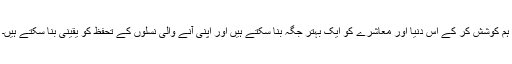
ہم کوشش کر کے اس دنیا اور معاشرے کو ایک بہتر جگہ بنا سکتے ہیں اور اپنی آنے والی نسلوں کے تحفظ کو یقینی بنا سکتے ہیں۔